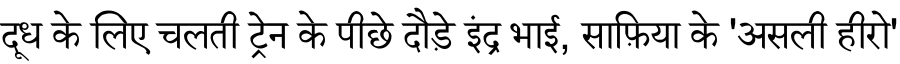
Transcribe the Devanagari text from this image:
दूध के लिए चलती ट्रेन के पीछे दौड़े इंद्र भाई, साफ़िया के 'असली हीरो'